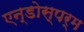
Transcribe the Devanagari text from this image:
एन्डोस्पर्म